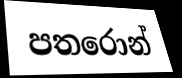
පතරොන්